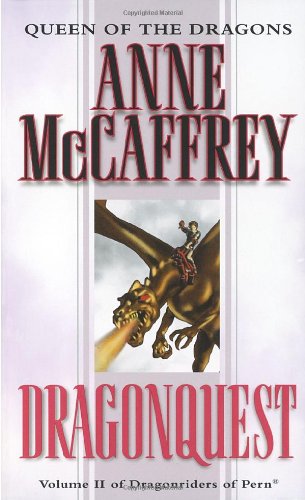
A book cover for Dragonquest (Dragonriders of Pern #2); Anne McCaffrey; Science Fiction & Fantasy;